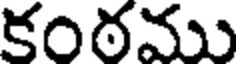
కంఠము